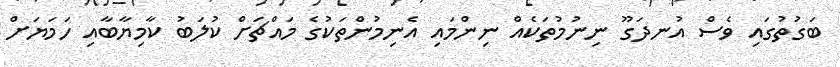
ބަގުތުގައި ވެސް އުނދަގޫ ނިނުމުތަކެއް ނިންމައި އެނިމުންތަކުގެ މައްޗަށް ކުލަބު ކާމިޔާބާއި ހަމަޔަށް